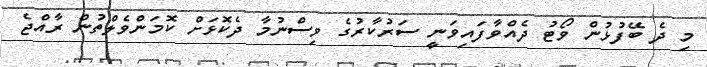
މި ދެ ބޭފުޅުން ވޯޓު ދެއްވާފައިވަނީ ސަރުކާރުގެ ވިސްނުމާ ދެކޮޅަށް ކޮމަންވެލްތުން ރާއްޖެ